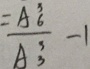
= \frac { A _ { 6 } ^ { 3 } } { A _ { 3 } ^ { 3 } } - 1